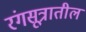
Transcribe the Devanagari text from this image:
रंगसूत्रातील